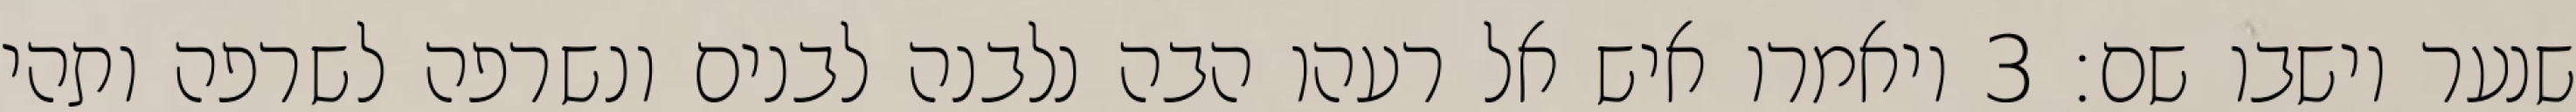
שנער וישבו שם׃ ‎3‏ ויאמרו איש אל רעהו הבה נלבנה לבנים ונשרפה לשרפה ותהי